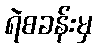
ရဲစခန်းမှ